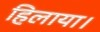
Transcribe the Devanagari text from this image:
हिलाया।